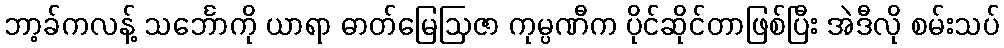
ဘာ့ခ်ကလန့် သင်္ဘောကို ယာရာ ဓာတ်မြေဩဇာ ကုမ္ပဏီက ပိုင်ဆိုင်တာဖြစ်ပြီး အဲဒီလို စမ်းသပ်